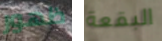
ظهور البقعة